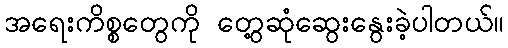
အရေးကိစ္စတွေကို တွေ့ဆုံဆွေးနွေးခဲ့ပါတယ်။